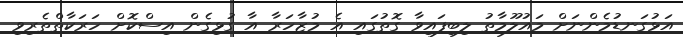
އަޅުގަނޑުމެންނަށް މައުލޫމާތު ލިބިފައިވާ ގޮތުގައި އެ މުޒާހަރާ އާ ގުޅިގެން އިސްކޮށް ހަރަކާތްތެރިވި